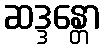
ဆဒ္ဒန္တော